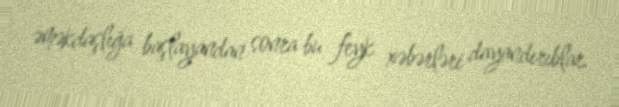
əməkdaşlığa başlayandan sonra bu feyk xəbərləri dayandırıblar.